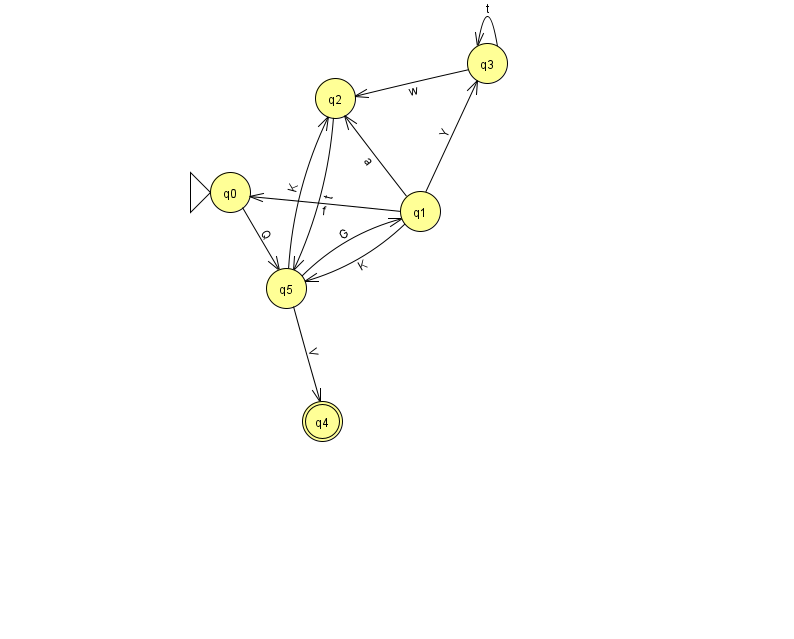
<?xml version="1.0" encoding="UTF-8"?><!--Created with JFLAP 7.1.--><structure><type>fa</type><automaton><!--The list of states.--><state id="0" name="q0"><x>230.0</x><y>179.0</y><initial/></state><state id="1" name="q1"><x>420.0</x><y>198.0</y></state><state id="2" name="q2"><x>335.0</x><y>85.0</y></state><state id="3" name="q3"><x>487.0</x><y>50.0</y></state><state id="4" name="q4"><x>322.0</x><y>408.0</y><final/></state><state id="5" name="q5"><x>286.0</x><y>275.0</y></state><!--The list of transitions.--><transition><from>5</from><to>2</to><read>K</read></transition><transition><from>0</from><to>5</to><read>Q</read></transition><transition><from>3</from><to>3</to><read>t</read></transition><transition><from>1</from><to>2</to><read>a</read></transition><transition><from>1</from><to>5</to><read>K</read></transition><transition><from>3</from><to>2</to><read>w</read></transition><transition><from>5</from><to>1</to><read>G</read></transition><transition><from>1</from><to>3</to><read>Y</read></transition><transition><from>2</from><to>5</to><read>t</read></transition><transition><from>5</from><to>4</to><read>V</read></transition><transition><from>1</from><to>0</to><read>f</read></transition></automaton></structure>